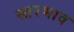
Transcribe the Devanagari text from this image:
स्तरभाव